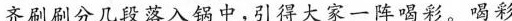
齐刷刷分几段落入锅中，引得大家一阵喝彩。喝彩